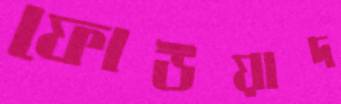
ফোউয়াদ